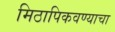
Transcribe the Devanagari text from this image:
मिठापिकवण्याचा